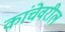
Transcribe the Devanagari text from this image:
कांचेवरील